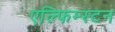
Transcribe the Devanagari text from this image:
एल्फिम्स्टन